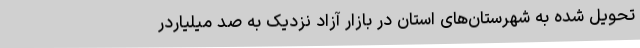
تحویل شده به شهرستان‌های استان در بازار آزاد نزدیک به صد میلیاردر